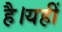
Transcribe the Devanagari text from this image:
है।यहीं